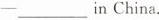
-___ in China。